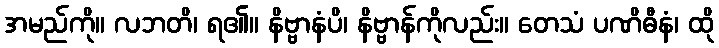
အမည်ကို။ လဘတိ၊ ရ၏။ နိဗ္ဗာနံပိ၊ နိဗ္ဗာန်ကိုလည်း။ တေသံ ပဏိဓီနံ၊ ထို